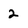
Character: 2